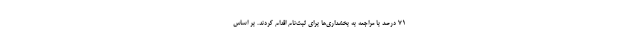
۷۱ درصد با مراجعه به بخشداری‌ها برای ثبت‌نام اقدام کردند. بر اساس